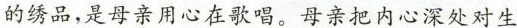
的绣品，是母亲用心在歌唱。母亲把内心深处对生